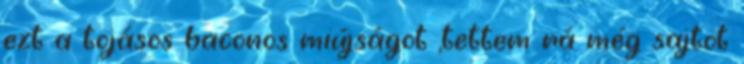
ezt a tojásos baconos miújságot ,tettem rá még sajtot